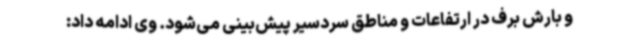
و بارش برف در ارتفاعات و مناطق سردسیر پیش‌بینی می‌شود. وی ادامه داد: